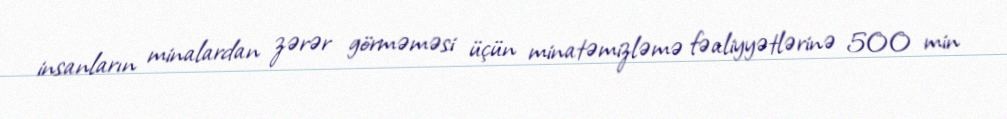
insanların minalardan zərər görməməsi üçün minatəmizləmə fəaliyyətlərinə 500 min